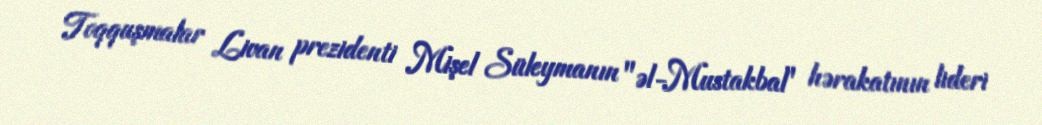
Toqquşmalar Livan prezidenti Mişel Süleymanın "əl-Mustakbal" hərakatının lideri